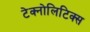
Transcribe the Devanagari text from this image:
टेक्नोलिटिक्स